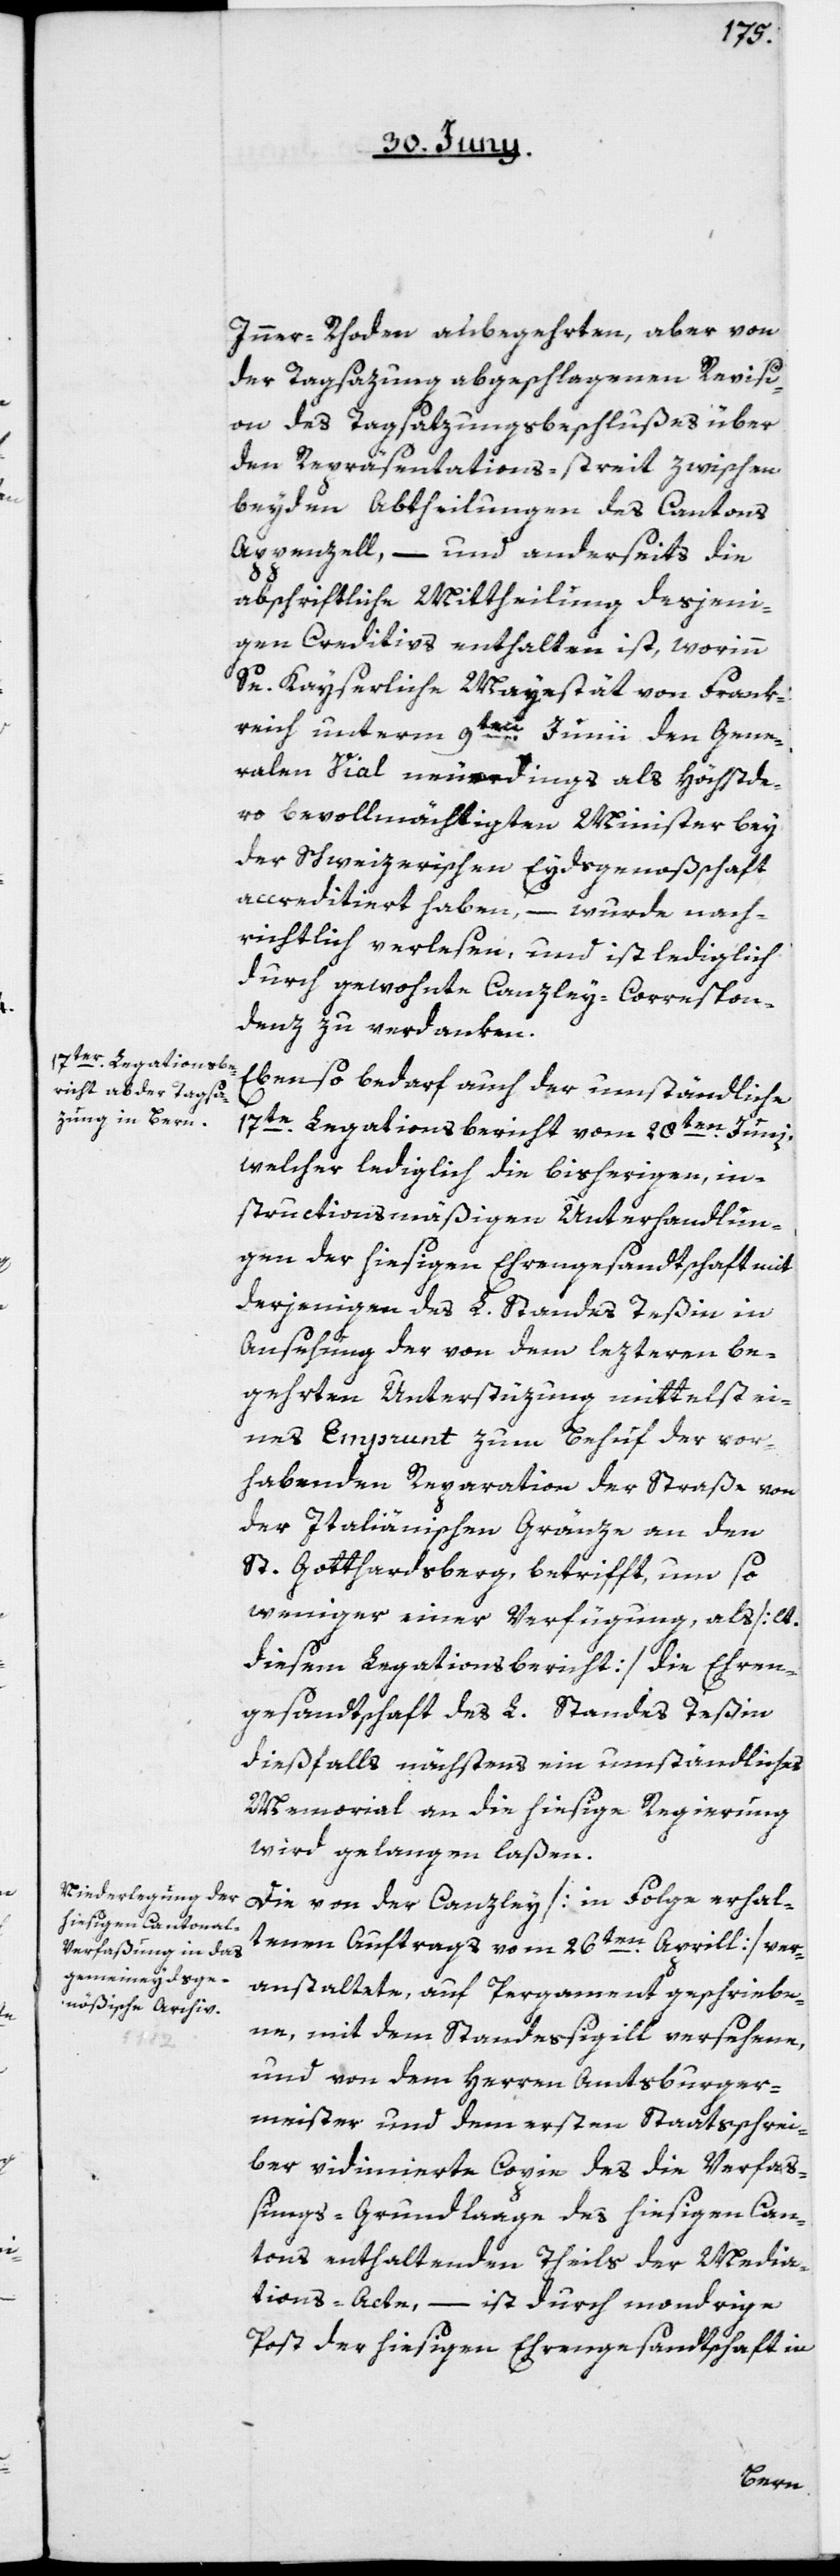
Inner Rhoden anbegehrte, aber von
der Tagsazung abgeschlagenen Revisi¬
on des Tagsatzungsbeschlußes über
den Repräsentations-Streit zwischen
beyden Abtheilungen des Cantons
Appenzell, – und anderseits die
abschriftliche Mittheilung desjeni¬
gen Creditivs enthalten ist, worinn
Se. Kayserliche Mayestät von Frank¬
reich unterm 9ten Junii den Gene¬
ralen Vial neuerdings als Höchstde¬
ro bevollmächtigten Minister bey
der Schweizerischen Eydsgenoßenschaft
accreditiert haben, – wurde nach¬
richtlich verlesen, und ist lediglich
durch gewohnte Canzley-Correspon¬
denz zu verdanken.
Ebenso bedarf auch der umständliche
17te Legationsbericht vom 28ten Junii,
welcher lediglich die bisherigen, in¬
structionsmäßigen Unterhandlun¬
gen der hiesigen Ehrengesandtschaft mit
derjenigen des L. Standes Teßin in
Ansehung der von dem lezteren be¬
gehrten Unterstüzung mittelst ei¬
nes Emprunt zum Behuf der vor¬
habenden Reparation der Straße von
der Italiänischen Gränze an den
St. Gotthardsberg betrifft, um so
weniger einer Verfügung, als [lt.
diesem Legationsbericht] die Ehren¬
gesandtschaft des L. Standes Teßin
dießfalls nächstens ein umständliches
Memorial an die hiesige Regierung
wird gelangen laßen.
Die von der Canzley [in Folge erhal¬
tenen Auftrags vom 26ten April] ver¬
anstaltete, auf Pergament geschriebe¬
ne, mit dem Standessigill versehene,
und von dem Herren Amtsburger¬
meister und dem ersten Staatsschrei¬
ber vidimierte Copie des die Verfaß¬
ungs-Grundlaage des hiesigen Can¬
tons enthaltenden Theils der Media¬
tions-Acte, – ist durch mondrige
Post der hiesigen Ehrengesandtschaft in